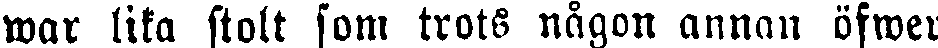
war lika stolt som trots någon annan öfwer